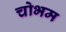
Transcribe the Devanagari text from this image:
चोभम